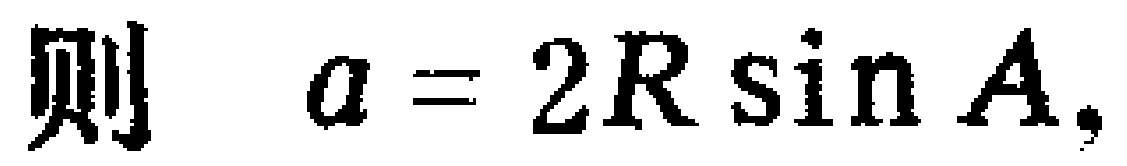
则 \(a = 2R\sin A.\)